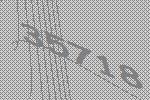
35718